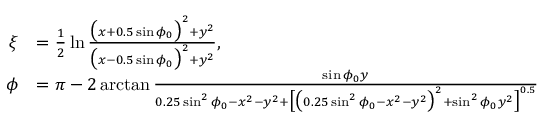
\begin{array} { r l } { \xi } & { = \frac { 1 } { 2 } \ln \frac { \bigl ( x + 0 . 5 \sin \phi _ { 0 } \bigr ) ^ { 2 } + y ^ { 2 } } { \bigl ( x - 0 . 5 \sin \phi _ { 0 } \bigr ) ^ { 2 } + y ^ { 2 } } , } \\ { \phi } & { = \pi - 2 \arctan \frac { \sin \phi _ { 0 } y } { 0 . 2 5 \sin ^ { 2 } \phi _ { 0 } - x ^ { 2 } - y ^ { 2 } + \bigl [ \bigl ( 0 . 2 5 \sin ^ { 2 } \phi _ { 0 } - x ^ { 2 } - y ^ { 2 } \bigr ) ^ { 2 } + \sin ^ { 2 } \phi _ { 0 } y ^ { 2 } \bigr ] ^ { 0 . 5 } } } \end{array}